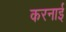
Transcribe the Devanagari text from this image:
करनाई